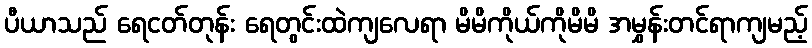
ပီယာသည် ရေငတ်တုန်း ရေတွင်းထဲကျလေရာ မိမိကိုယ်ကိုမိမိ အမွှန်းတင်ရာကျမည့်